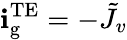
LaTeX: \mathbf{i}_{\mathrm{{g}}}^{\mathrm{{TE}}}=-\tilde{{J}}_{v}